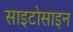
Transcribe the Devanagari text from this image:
साइटोसाइन